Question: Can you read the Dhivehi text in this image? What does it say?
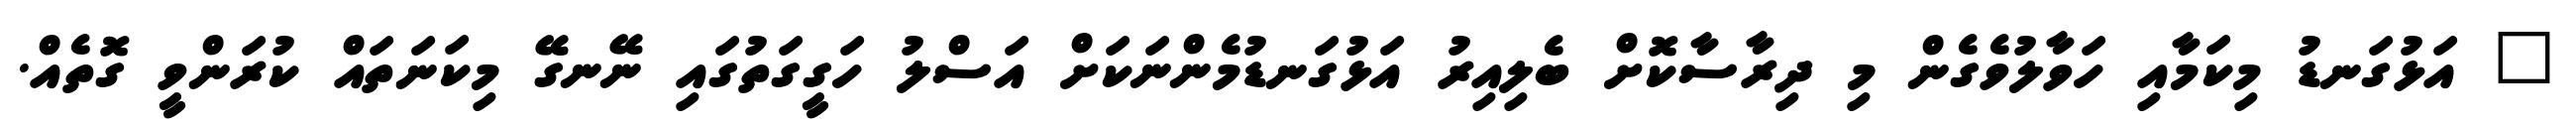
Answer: " އަޅުގަނޑު މިކަމާއި ހަވާލުވެގެން މި ދިރާސާކޮށް ބެލިއިރު އަޅުގަނޑުމެންނަކަށް އަސްލު ހަގީގަތުގައި ނޭނގޭ މިކަނަތައް ކުރަންވީ ގޮތެއް.